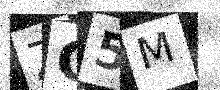
Text: ZG5M